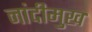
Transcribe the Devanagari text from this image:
नांदीमुख